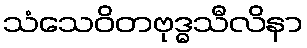
သံသေဝိတဗုဒ္ဓသီလိနာ